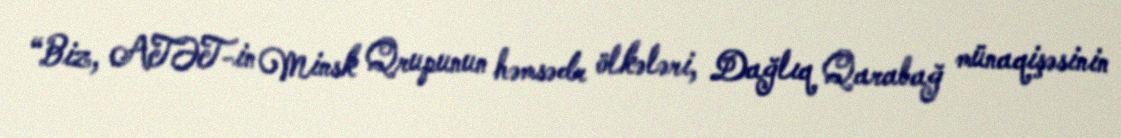
“Biz, ATƏT-in Minsk Qrupunun həmsədr ölkələri, Dağlıq Qarabağ münaqişəsinin